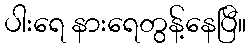
ပါးရေ နားရေတွန့်နေပြီ။